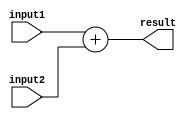
module Adder (
    input [7:0] input1,
    input [7:0] input2,
    output reg [8:0] result
);

always @ (input1, input2)
    begin
        result = input1 + input2;
    end

endmodule